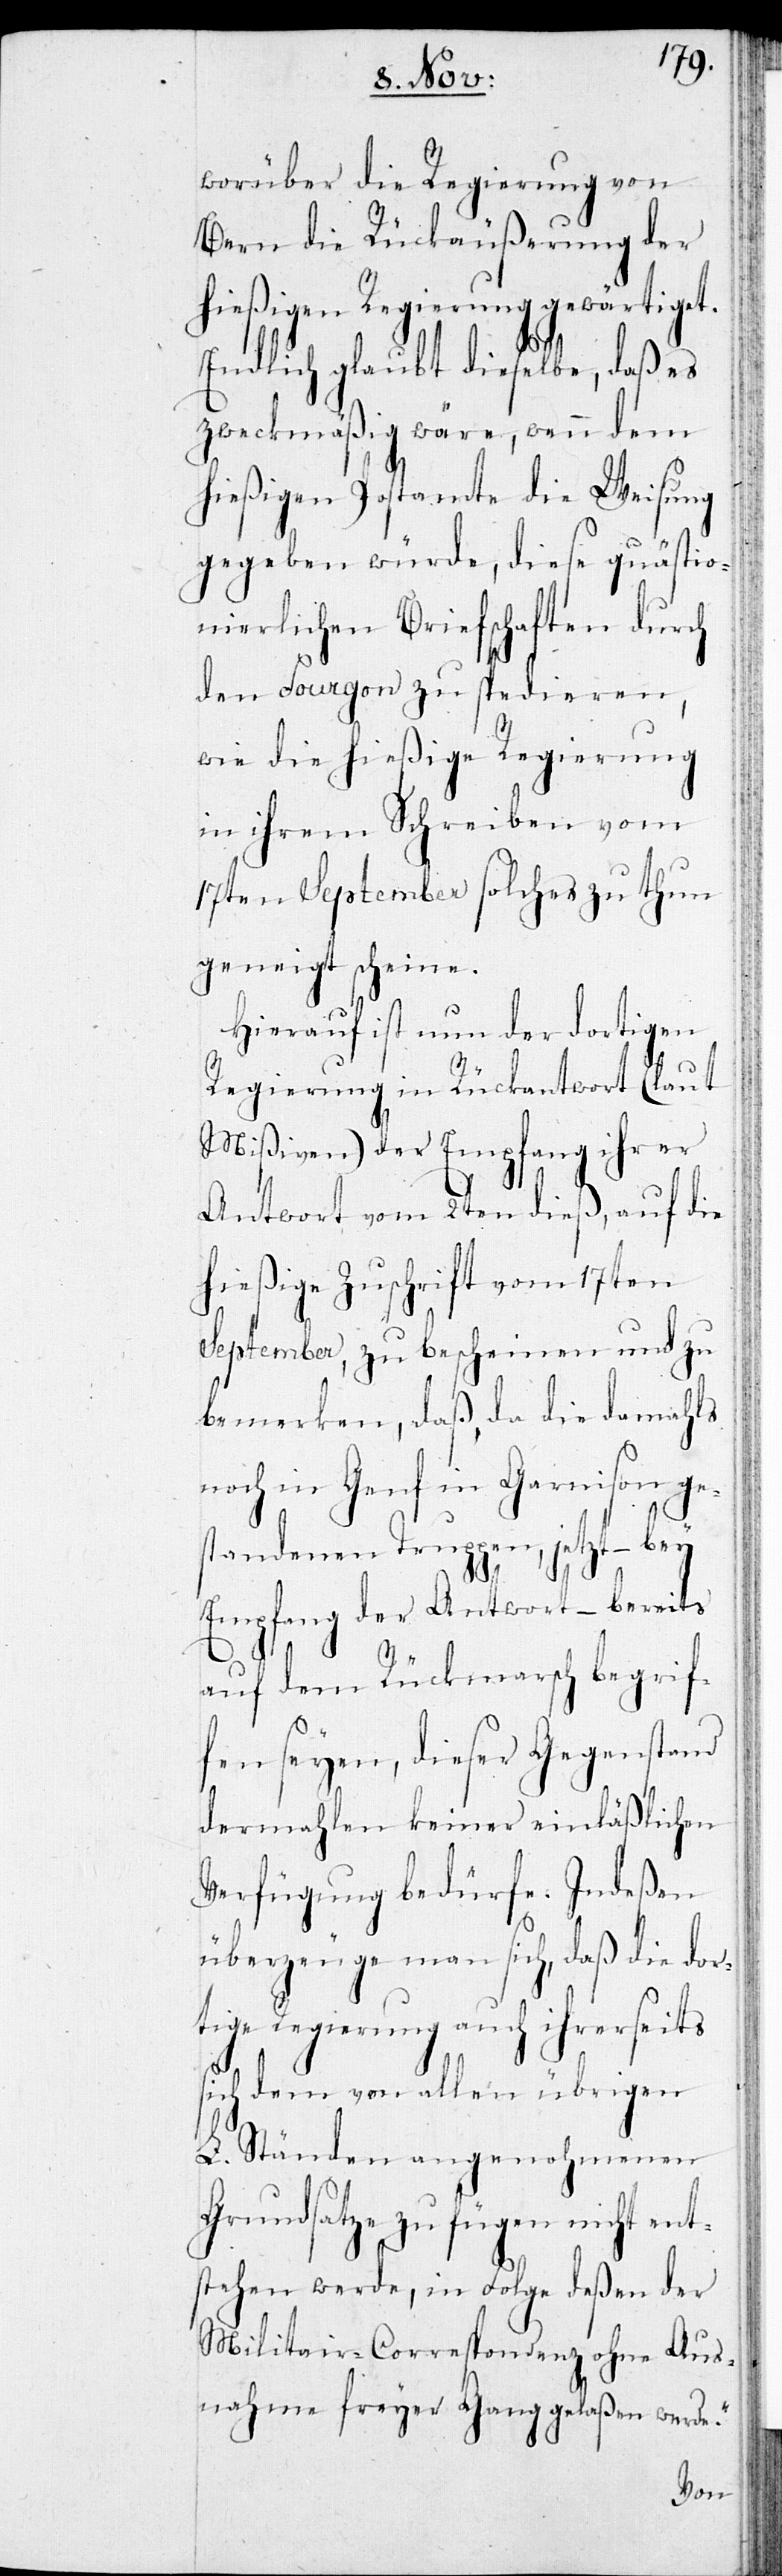
worüber die Regierung von
Bern die Rückäußerung der
hießigen Regierung gewärtiget.
Endlich glaubt dieselbe, daß es
zweckmäßig wäre, wenn dem
hießigen Postamte die Weisung
gegeben würde, diese quästio¬
nierlichen Briefschaften durch
den Fourgon zu spedieren,
wie die hießige Regierung
in ihrem Schreiben vom
17ten September solches zu thun
geneigt scheine.
Hierauf ist nun der dortigen
Regierung in Rückantwort (laut
Mißiven) der Empfang ihrer
Antwort vom 2ten dieß, auf die
hießige Zuschrift vom 17ten
September, zu bescheinen und zu
bemerken, daß, da die damahls
noch in Garnison ge¬
standenen Truppen, jetzt – bey
Empfang der Antwort – bereits
auf dem Rückmarsch begrif¬
fen seyen, dieser Gegenstand
dermahlen keiner einläßlichen
Verfügung bedürfe. Indeßen
überzeuge man sich, daß die dor¬
tige Regierung auch ihrerseits
sich den von allein übrigen
L. Ständen angenohmenen
Grundsatze zu fügen nicht ent¬
stehen werde, in Folge deßen der
Militair-Correspondenz ohne Aus¬
nahme freyer Gang gelaßen werde.“